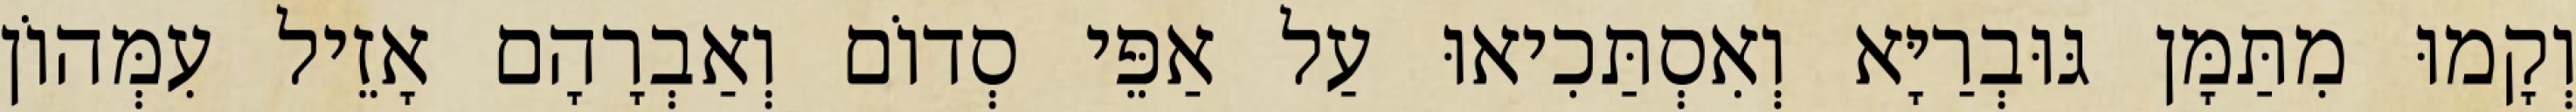
וְקָמוּ מִתַּמָּן גּוּבְרַיָּא וְאִסְתַּכִיאוּ עַל אַפֵּי סְדוֹם וְאַבְרָהָם אָזֵיל עִמְּהוֹן